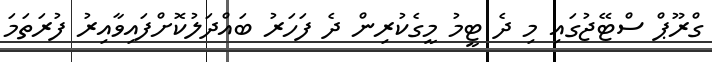
ގްރޫޕް ސްޓޭޖުގައި މި ދެ ޓީމު މީގެކުރިން ދެ ފަހަރު ބައްދަލުކޮށްފައިވާއިރު ފުރަތަމަ